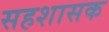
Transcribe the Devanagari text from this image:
सहशासक